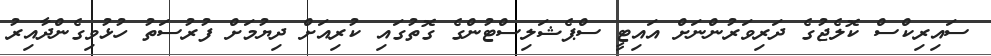
ސައިރިކްސް ކޮލެޖުގެ ދަރިވަރުންނަށް އައިޓީ ސްޕެޝަލިސްޓުންގެ ގޮތުގައި ކުރިއަށް ދިޔުމަށް ފުރުސަތު ހުޅުވިގެންދާއިރު